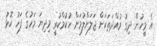
އެ މީހުން ދިގު މުއްދަތަކަށް ޖަލަށްލުމަށް ހުކުމްކުރީ މިދިޔަ މަހުގެ ފަހު ކޮޅު